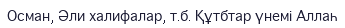
Осман, Әли халифалар, т.б. Құтбтар үнемі Аллаһ